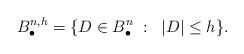
LaTeX: \begin{align*}B^{n,h}_{\bullet} = \{ D \in B^n_{\bullet} \; : \; \; |D| \le h \}{}.\end{align*}